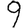
Digit: 9